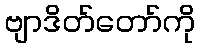
ဗျာဒိတ်တော်ကို